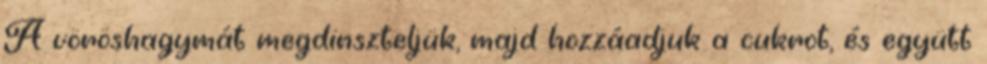
A vöröshagymát megdinszteljük, majd hozzáadjuk a cukrot, és együtt